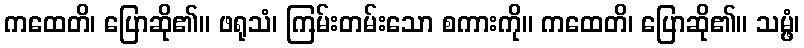
ကထေတိ၊ ပြောဆို၏။ ဖရုသံ၊ ကြမ်းတမ်းသော စကားကို။ ကထေတိ၊ ပြောဆို၏။ သမ္ဖံ၊